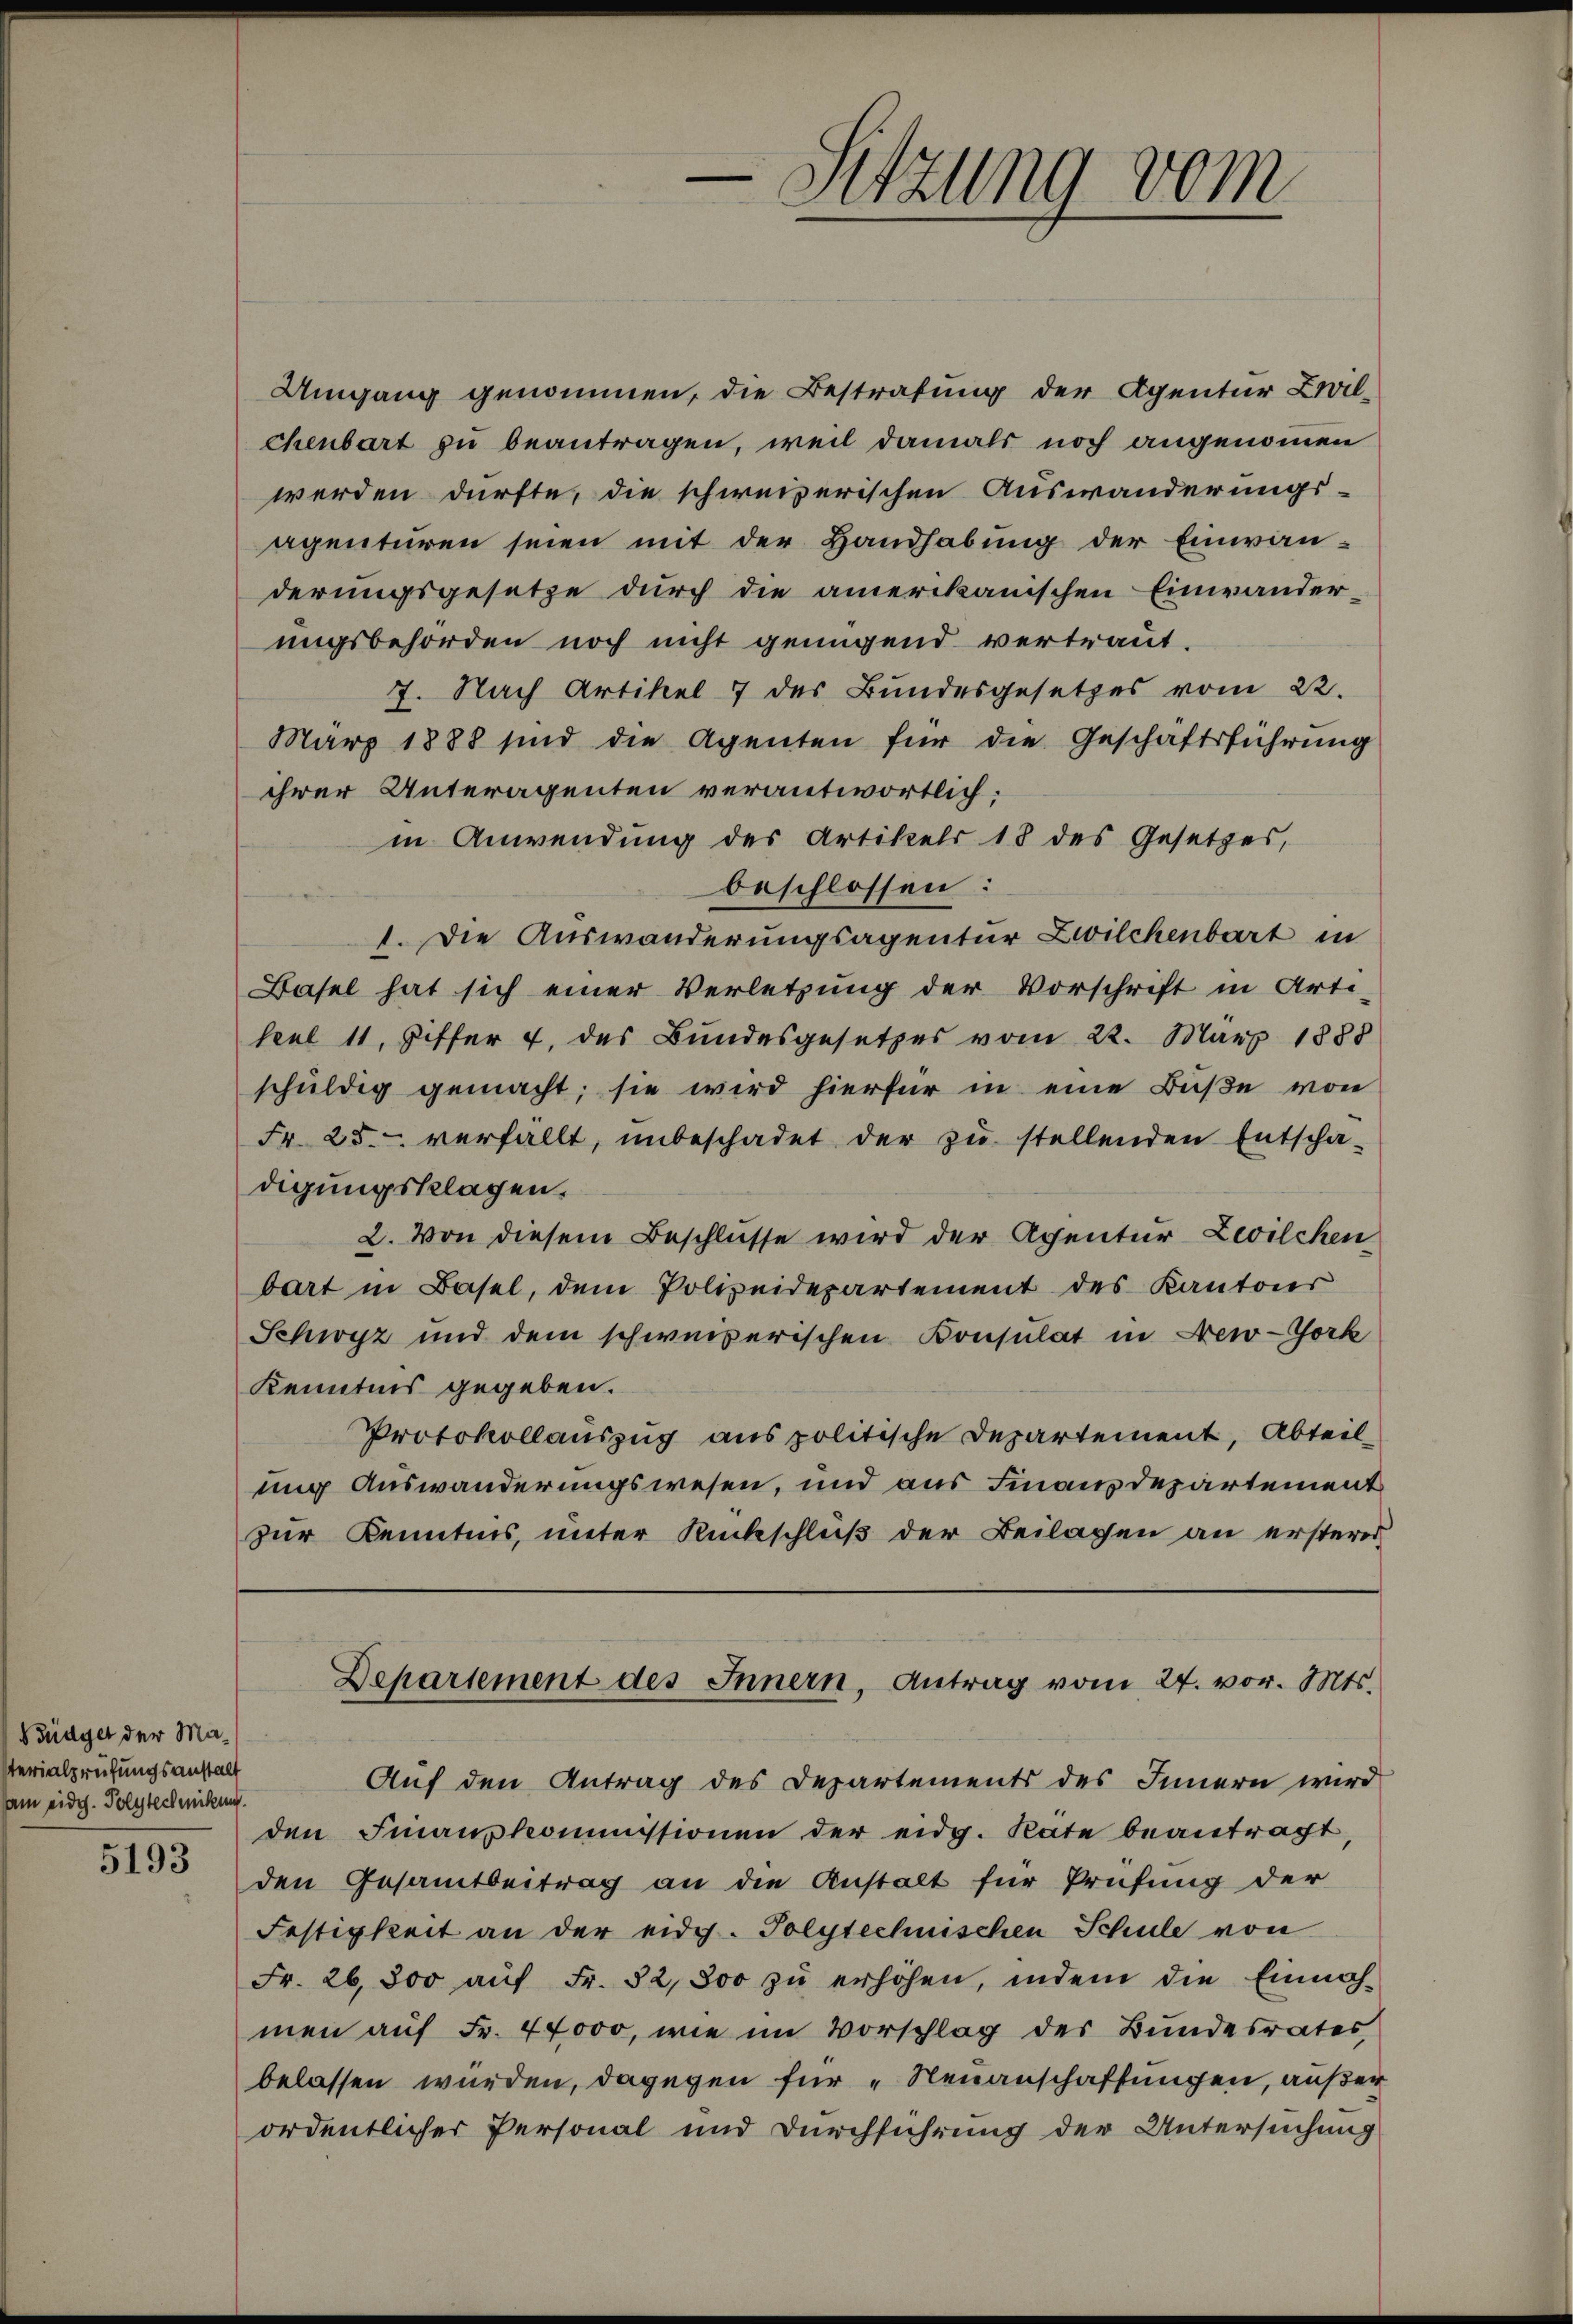
Büdget der Materialprüfungsanstalt
am eidg. Polytechnikung.

5193

Umgang genommen, die Bestrafung der Agentur Zwilchenbart zu beantragen, weil damals noch angenommen
werden dürfte, die schweizerischen Auswanderungs-
agenturen seien mit der Handhabung der Einwan-
derungsgesetze durch die amerikanischen Einwander-
ungsbehörden noch nicht genügend vertraut.
7. Nach Artikel 7 des Bundesgesetzes vom 22.
März 1888 sind die Agenten für die Geschäftsführung
ihrer Unteragenten verantwortlich:
in Anwendung des Artikels 18 des Gesetzes,
beschlossen:
1. Die Auswanderungsagentur Zwilchenbart in
Basel hat sich einer Verletzung der Vorschrift in Arti-
keul 11, Ziffer 4. des Bundesgesetzes vom 22. März 1888
schŭldig gemacht; sie wird hierfür in eine Bŭβe von
Fr. 25. verfällt, unbeschadet der zŭ stellenden Entscha-
digungsklagen.
2. Von diesem Beschlüsse wird der Agentur Zeilchen
bart in Basel, dem Polizeidepartement des Kantons
Schwyz und dem schweizerischen Consulat in New-York
Kenntnis gegeben.
Protokollauszug aus politische Departement, Abteil-
ung Auswanderungswesen, und aus Finanzdepartement
zur Kenntnis, unter Rückschluß der Beilagen an ersteres

-Sitzung vom

Departement des Innern, Antrag vom 24. vor. Mts.

Auf den Antrag des Departements des Innern wird
den Finanzkommissionen der eidg. Rate beantragt,
den Gesamtbeitrag an die Anstalt für Prüfung der
Festigkeit an der eidg. Polytechnischen Schule von
Fr. 26,800 aŭf Fr. 82,800 zŭ erhöhen, indem die Einnah-
men auf Fr. 44000, wie im Vorschlag des Bundesrates,
belassen würden, dagegen für „Neuanschaffungen, außer
ordentlicher Personal und Durchführung der Untersuchung